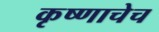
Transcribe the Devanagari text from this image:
कृष्णाचेच